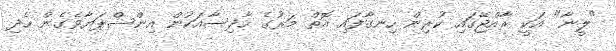
"ލީނާ" އަކީ ރާއްޖޭގައި ކުރިން ހިނގާފައި އޮތް މަރުގެ ހާދިސާއަކުން އިންސްޕަޔާވެގެން ހެދި